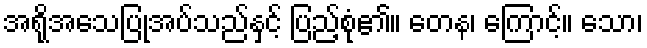
အရိုအသေပြုအပ်သည်နှင့် ပြည့်စုံ၏။ တေန၊ ကြောင့်။ သော၊